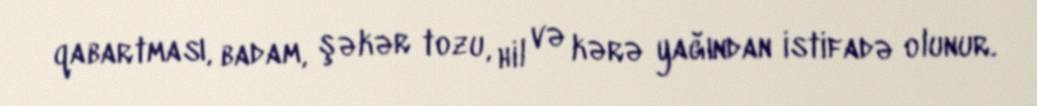
qabartması, badam, şəkər tozu, hil və kərə yağından istifadə olunur.